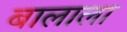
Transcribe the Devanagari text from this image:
बालाला